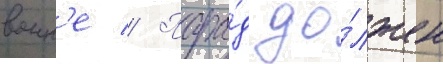
воин'е // Пара́д до́лжен